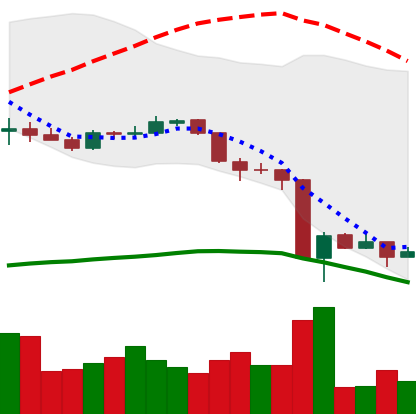
Ticker: ADA-USD
Chart end date: 2020-03-17
Forward return: 7.313%
Label: up_7plus